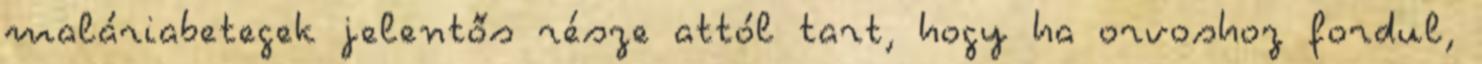
maláriabetegek jelentős része attól tart, hogy ha orvoshoz fordul,